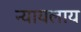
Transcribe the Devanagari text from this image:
न्यायलाय